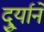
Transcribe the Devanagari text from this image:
दुर्र्याने